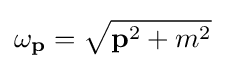
\omega _{\textbf {p}}={\sqrt {{\textbf {p}}^{2}+m^{2}}}